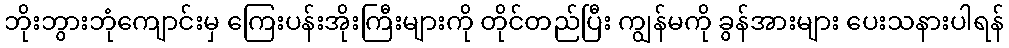
ဘိုးဘွားဘုံကျောင်းမှ ကြေးပန်းအိုးကြီးများကို တိုင်တည်ပြီး ကျွန်မကို ခွန်အားများ ပေးသနားပါရန်